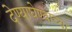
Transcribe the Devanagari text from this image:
देण्याघेण्याच्या